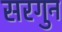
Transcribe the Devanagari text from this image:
सरगुन